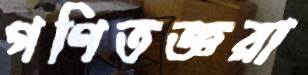
গণিতজ্ঞরা